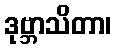
ဒုဗ္ဘာသိတာ၊